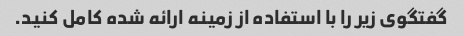
گفتگوی زیر را با استفاده از زمینه ارائه شده کامل کنید.